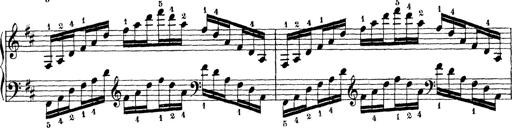
Title: Technische Studien
Composer: Franz Liszt